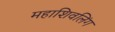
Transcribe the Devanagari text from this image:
महाशिवलिंग